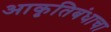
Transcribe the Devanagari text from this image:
आकृतिबंधाचा